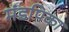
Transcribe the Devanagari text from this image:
मंडपिका